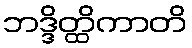
ဘဒ္ဒိတ္ထိကာတိ